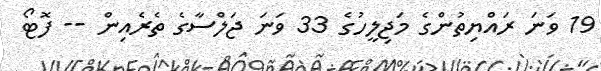
19 ވަނަ ރައްޔިތުންގެ މަޖިލީހުގެ 33 ވަނަ ޖަލްސާގެ ތެރެއިން -- ފޮޓޯ